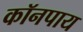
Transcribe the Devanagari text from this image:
कॉनपाय